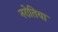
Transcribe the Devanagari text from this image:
नरोतिया